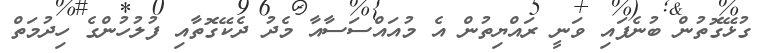
ގުޅޭގޮތުން ބުނެފައި ވަނީ ރައްޔިތުން އެ މުއައްސަސާއާ މެދު ދެކޭގޮތާއި ފުލުހުންގެ ހިދުމަތް